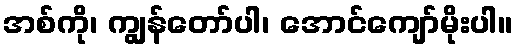
အစ်ကို၊ ကျွန်တော်ပါ၊ အောင်ကျော်မိုးပါ။